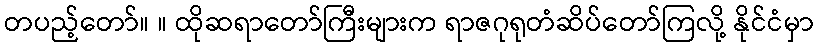
တပည့်တော်။ ။ ထိုဆရာတော်ကြီးများက ရာဇဂုရုတံဆိပ်တော်ကြလို့ နိုင်ငံမှာ